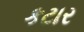
કટાર